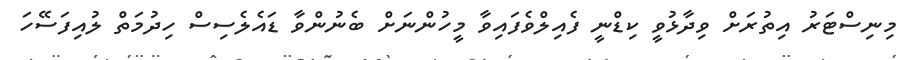
މިނިސްޓަރު އިތުރަށް ވިދާޅުވީ ކިޑްނީ ފެއިލްވެފައިވާ މީހުންނަށް ބެނުންވާ ޑައެލެސިސް ހިދުމަތް ލުއިފަސޭހަ